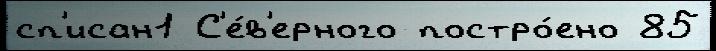
сп'исан1 С'е́в'ерного постро́ено 85